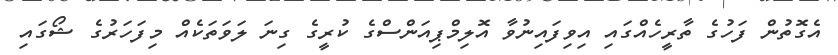
އެގޮތުން ފަހުގެ ތާރީހެއްގައި އިވިފައިނުވާ އޮލިމްޕިއަންސްގެ ކުރީގެ ގިނަ ލަވަތަކެއް މިފަހަރުގެ ޝޯގައި